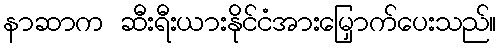
နာဆာက ဆီးရီးယားနိုင်ငံအားမြှောက်ပေးသည်။